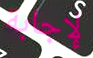
لإجابة